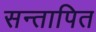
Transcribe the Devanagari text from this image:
सन्तापित